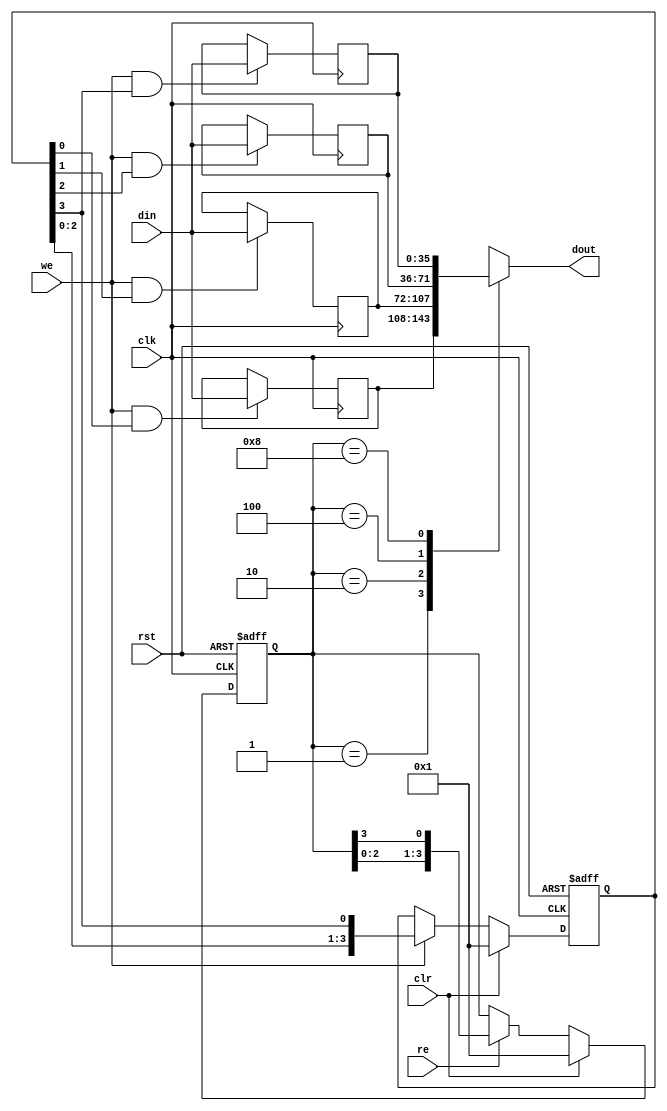
module mc_rd_fifo(clk, rst, clr, din, we, dout, re);

input		clk, rst, clr;
input	[35:0]	din;
input		we;
output	[35:0]	dout;
input		re;

reg	[3:0]	rd_adr, wr_adr;
reg	[35:0]	r0, r1, r2, r3;
reg	[35:0]	dout;

always @(posedge clk or posedge rst)
	if(rst)		rd_adr <= #1 4'h1;
	else
	if(clr)		rd_adr <= #1 4'h1;
	else
	if(re)		rd_adr <= #1 {rd_adr[2:0], rd_adr[3]};

always @(posedge clk or posedge rst)
	if(rst)		wr_adr <= #1 4'h1;
	else
	if(clr)		wr_adr <= #1 4'h1;
	else
	if(we)		wr_adr <= #1 {wr_adr[2:0], wr_adr[3]};

always @(posedge clk)
	if(we & wr_adr[0])	r0 <= #1 din;

always @(posedge clk)
	if(we & wr_adr[1])	r1 <= #1 din;

always @(posedge clk)
	if(we & wr_adr[2])	r2 <= #1 din;

always @(posedge clk)
	if(we & wr_adr[3])	r3 <= #1 din;

always @(rd_adr or r0 or r1 or r2 or r3 or re or we or din)
	case(rd_adr)		// synopsys full_case parallel_case
	   4'h1:	dout = r0;
	   4'h2:	dout = r1;
	   4'h4:	dout = r2;
	   4'h8:	dout = r3;
	endcase

endmodule